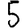
Digit: 5